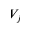
V _ { j }